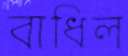
বাধিল